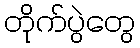
တိုက်ပွဲတွေ